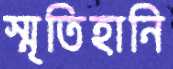
স্মৃতিহানি